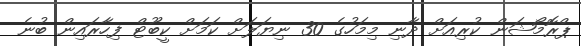
ޕްރޮމޯޝަން ކުރިއަށް ދާނި މިމަހުގެ 30 ނިޔަލަށް ކަމަށް ކީބޫޓް ފިހާރައިން ބުނެ